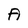
Character: A